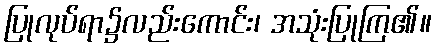
ပြုလုပ်ရာ၌လည်းကောင်း၊ အသုံးပြုကြ၏။